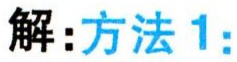
解：方法1：